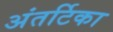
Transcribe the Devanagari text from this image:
अंतर्टिका